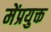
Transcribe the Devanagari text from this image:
मेंप्रयुक्त